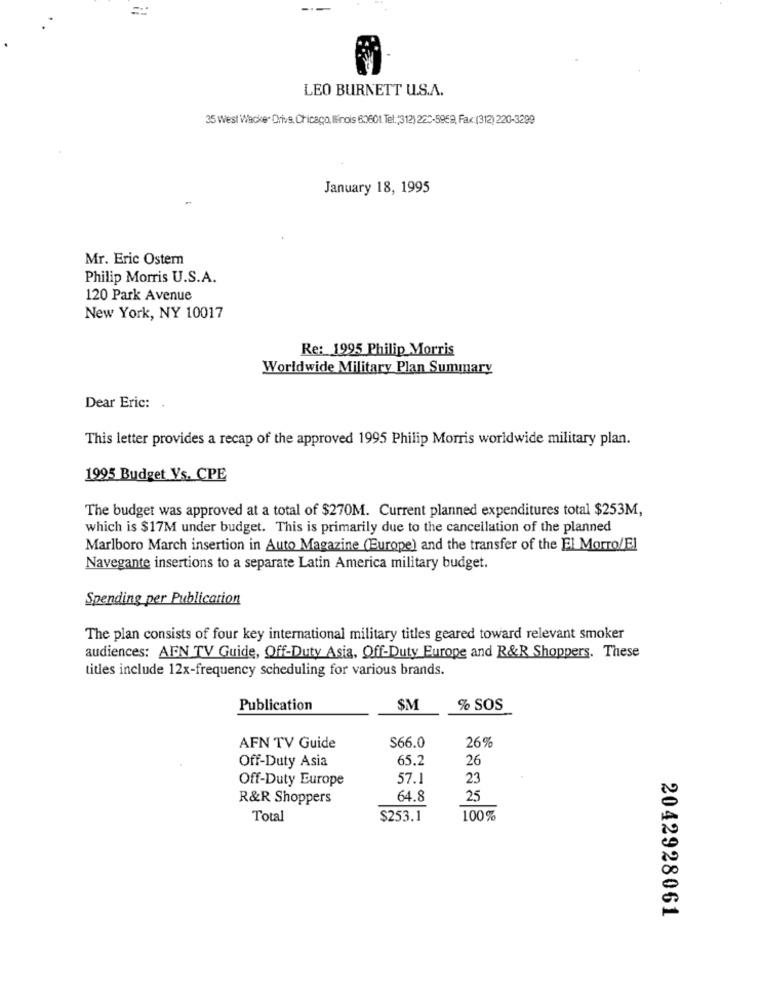
LEO BURNETT U.S.A.
35 West Wacker Drive, Chicago, Ilinois 60601. Tel:(312) 220-5959, Fax:(312) 220-3299
January 18, 1995
Mr. Eric Ostern
Philip Morris U.S.A.
120 Park Avenue
New York, NY 10017
Re: 1995 Philip Morris
Worldwide Military Plan Summary
Dear Eric: .
This letter provides a recap of the approved 1995 Philip Morris worldwide military plan.
1995 Budget Vs. CPE
The budget was approved at a total of $270M. Current planned expenditures total $253M,
which is $17M under budget. This is primarily due to the cancellation of the planned
Marlboro March insertion in Auto Magazine (Europe) and the transfer of the El Morro/El
Navegante insertions to a separate Latin America military budget.
Spending per Publication
The plan consists of four key international military titles geared toward relevant smoker
audiences: AEN TV Guide, Off-Duty Asia, Off-Duty Europe and R&R Shoppers. These
titles include 12x-frequency scheduling for various brands.
Publication
SM
% SOS
S66.0
AFN TV Guide
26%
Off-Duty Asia
65.2
26
Off-Duty Europe
57.1
23
R&R Shoppers
64.8
25
Total
$253.1
100%
2042928061